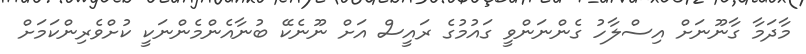
މާދަމާ ގާނޫނަށް އިސްލާހު ގެންނަންވީ ގައުމުގެ ރައީސް އަށް ނޫނެކޭ ބުނާއެންމެންނަކީ ކުށްވެރިންކަަމަށް